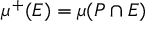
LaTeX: \mu ^ { + } ( E ) = \mu ( P \cap E )